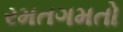
રમતગમતો